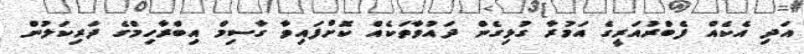
އަދި އެކެއް ފެބްރުއަރީގެ އަމުރާ ގުޅިގެން ދައުވާތަކެއް ކޮށްފައިވާ ގާސިމް އިބްރާހިމްގެ ދަރިކަލުން